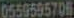
0559595706